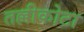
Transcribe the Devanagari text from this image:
तल्लीकोटा